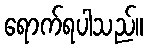
ရောက်ရပါသည်။